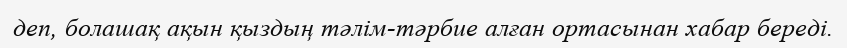
деп, болашақ ақын қыздың тәлім-тәрбие алған ортасынан хабар береді.